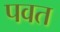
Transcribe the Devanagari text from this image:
पवत